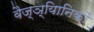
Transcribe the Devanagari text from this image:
वैज्ञ्यिानिकों